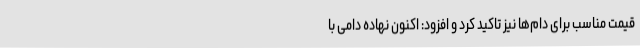
قیمت مناسب برای دام‌ها نیز تاکید کرد و افزود: اکنون نهاده دامی با